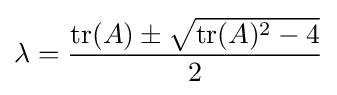
\lambda ={\frac {\mathrm {tr} (A)\pm {\sqrt {\mathrm {tr} (A)^{2}-4}}}{2}}